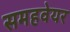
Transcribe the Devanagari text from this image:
समहवेयर